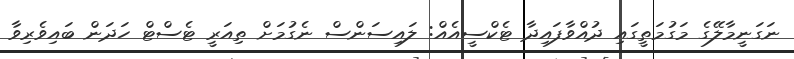
ނަގަނީމާލޭގެ މަގުމަތީގައި ދުއްވާފައިދާ ޓެކްސީއެއް: ލައިސަންސް ނެގުމަށް ތިއަރީ ޓެސްޓް ހަދަން ބައިވެރިވާ